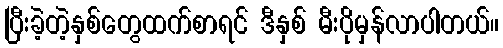
ပြီးခဲ့တဲ့နှစ်တွေထက်စာရင် ဒီနှစ် မီးပိုမှန်လာပါတယ်။